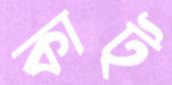
কাট্